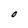
Character: O